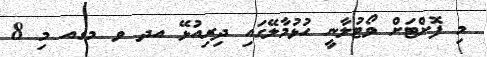
މި ފޮށްޓަށް ވޯޓުލާނީ ހުޅުމާލޭގައި ދިރިއުޅޭ އދ ވ މގއ މި 8